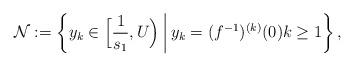
LaTeX: \begin{align*}\mathcal{N} := \left\{ y_k \in \Bigl[\frac{1}{s_1},U\Bigr)\ \vline \ y_k = (f^{-1})^{(k)}(0) k\ge 1 \right\},\end{align*}